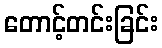
တောင့်တင်းခြင်း